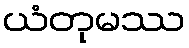
ယံတုမဿ